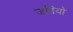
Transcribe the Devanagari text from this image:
जतियो